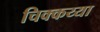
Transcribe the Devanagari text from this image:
चिक्कय्या